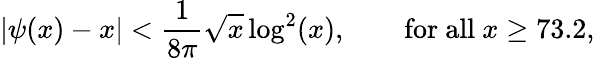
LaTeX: |\psi(x)-x|<{\frac{1}{8\pi}}{\sqrt{x}}\log^{2}(x),\qquad{\mathrm{for~all~}}x\geq 73.2,